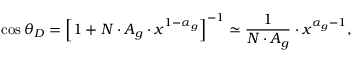
\cos \theta _ { D } = \Bigl [ 1 + N \cdot A _ { g } \cdot x ^ { 1 - \alpha _ { g } } \Bigr ] ^ { - 1 } \simeq { \frac { 1 } { N \cdot A _ { g } } } \cdot x ^ { \alpha _ { g } - 1 } ,